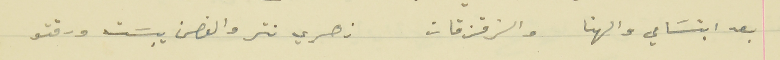
بعد ابتسَامي والهنا والزقزقات                    زهري نتر والغصن يبسَت ورقتو